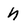
Character: n